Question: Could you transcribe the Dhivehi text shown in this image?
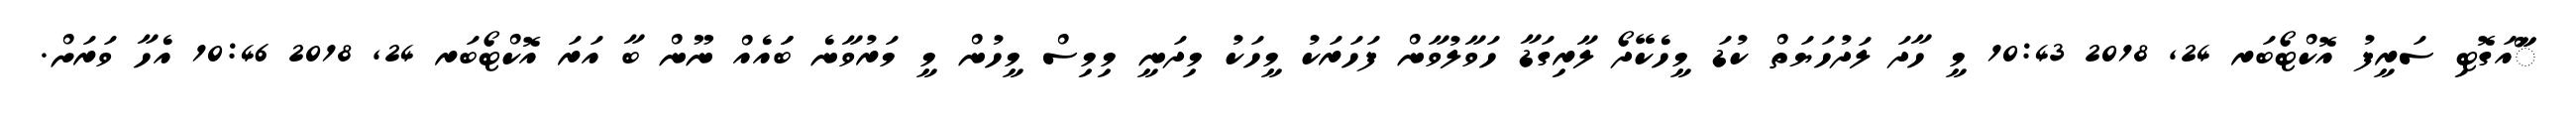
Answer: ާަަާްއަގޮޓި ސަރީފު އޮކްޓޯބަރ 24, 2018 10:43 މީ ހާދަ ލަދުހަޔަތް ކުޑަ މީހެކޭދޯ ލާރިގަޑާ ހަވާލުވާން ފަހަރަކު މީހަކު މިދަނީ މިމިސް މީހުން މީ މަރުވާނެ ބަައެއް ނޫން ބާ އަރަ އޮކްޓޯބަރ 24, 2018 10:46 އެހާ ވަރަށް.